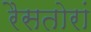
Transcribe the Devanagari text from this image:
रैसतोरां